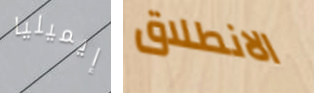
إيميليا الانطلاق